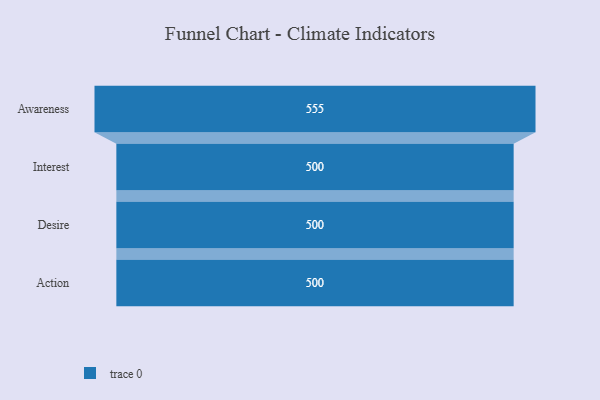
{"axis": {"x": "Stage", "y": "Value"}, "legend": [""], "data": [{"x": "Awareness", "y": 555.0, "type": ""}, {"x": "Interest", "y": 500, "type": ""}, {"x": "Desire", "y": 500, "type": ""}, {"x": "Action", "y": 500, "type": ""}]}